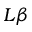
L \beta